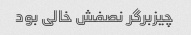
چیزبرگر نصفش خالی بود